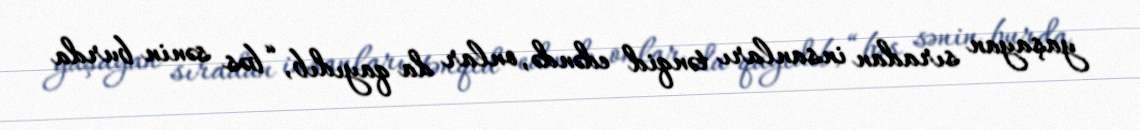
yaşayan sıradan insanları tənqid edəndə, onlar da qayıdıb, “bəs sənin burda